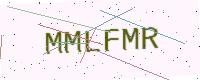
Text: MMLFMR